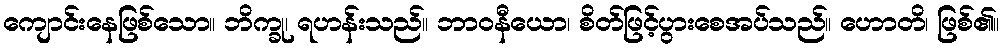
ကျောင်းနေဖြစ်သော။ ဘိက္ခု၊ ရဟန်းသည်။ ဘာဝနီယော၊ စိတ်ဖြင့်ပွားစေအပ်သည်။ ဟောတိ၊ ဖြစ်၏။